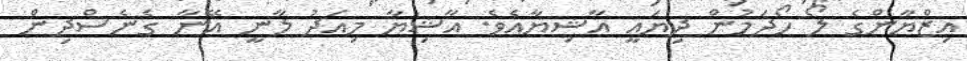
އިޒްޔާންގެ ލޯ ހޯދަމުން ދިޔައީ އާޝިޔާއެވެ. އާޝިޔާ މިއަދު ލާނީ އޭނާ ގެނެސްދިން